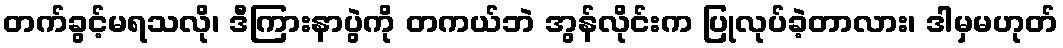
တက်ခွင့်မရသလို၊ ဒီကြားနာပွဲကို တကယ်ဘဲ အွန်လိုင်းက ပြုလုပ်ခဲ့တာလား၊ ဒါမှမဟုတ်